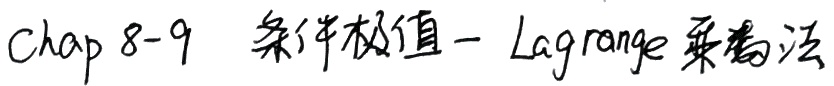
Chap 8 - 9 条件极值 - Lagrange乘数法